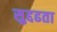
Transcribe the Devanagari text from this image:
सुद्दढता